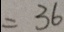
= 3 6